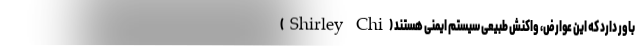
(Shirley Chi) باور دارد که این عوارض، واکنش طبیعی سیستم ایمنی هستند